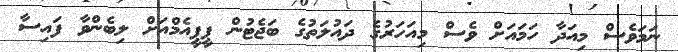
ނަމަވެސް މިއަދާ ހަމައަށް ވެސް މިއަހަރުގެ ދައުލަތުގެ ބަޖެޓުން ޕީޕީއެމްއަށް ލިބެންވާ ފައިސާ